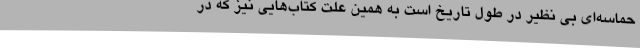
حماسه‌ای بی نظیر در طول تاریخ است به همین علت کتاب‌هایی نیز که در